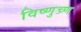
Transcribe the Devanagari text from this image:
विष्णुच्र्ण